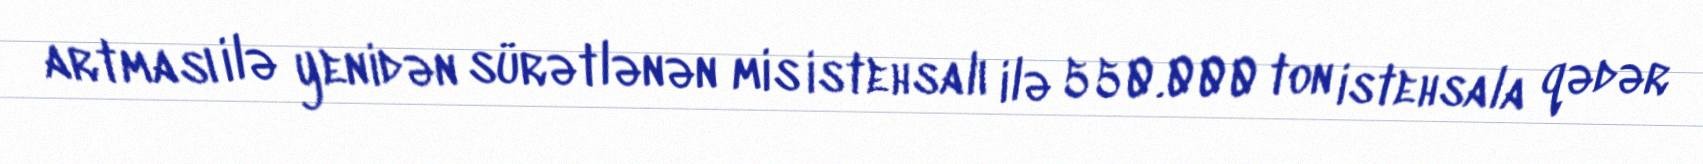
artması ilə yenidən sürətlənən mis istehsalı ilə 550.000 ton istehsala qədər